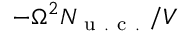
- \Omega ^ { 2 } N _ { \mathrm { ~ u ~ . ~ c ~ . ~ } } / V